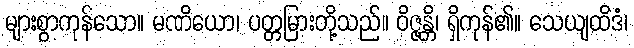
များစွာကုန်သော။ မဏိယော၊ ပတ္တမြားတို့သည်။ ဝိဇ္ဇန္တိ၊ ရှိကုန်၏။ သေယျထိဒံ၊